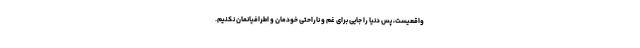
واقعیست، پس دنیا را جایی برای غم و ناراحتی خودمان و اطرافیانمان نکنیم.